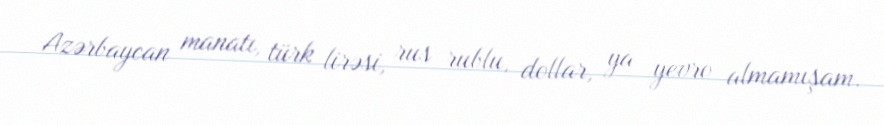
Azərbaycan manatı, türk lirəsi, rus rublu, dollar, ya yevro almamışam.